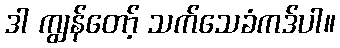
ဒါ ကျွန်တော့် သက်သေခံကဒ်ပါ။